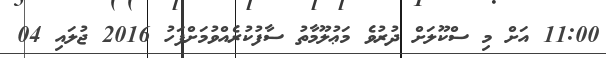
11:00 އަށް މި ސްކޫލަށް ދުރުވެ މަޢުލޫމާތު ސާފުކުރެއްވުމަށްފަހު 2016 ޖުލައި 04